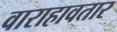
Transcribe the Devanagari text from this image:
वाराहावतार